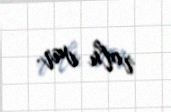
rolu var.